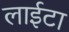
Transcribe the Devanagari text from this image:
लाईटा